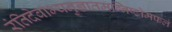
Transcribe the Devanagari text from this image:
रंतिदेवाभ्यनुज्ञातमग्निष्टोमफलं